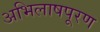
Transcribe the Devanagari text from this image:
अभिलाषपूरण